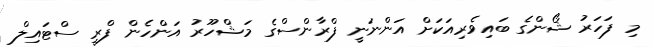
މި ފަހަރު ޝޯންގެ ބައިވެރިއަކަށް އަންނަނީ ފްރާންސްގެ މަޝްހޫރު އަންހެން ފްރީ ސްޓައިލް